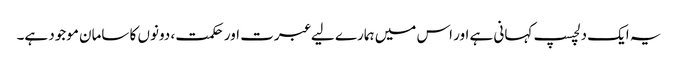
یہ ایک دلچسپ کہانی ہے اور اس میں ہمارے لیے عبرت اور حکمت ، دونوں کا سامان موجود ہے۔